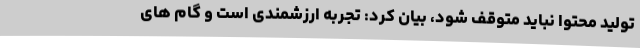
تولید محتوا نباید متوقف شود، بیان کرد: تجربه ارزشمندی است و گام های